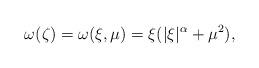
LaTeX: \begin{align*}\omega(\zeta) = \omega(\xi,\mu)=\xi(|\xi|^\alpha+\mu^2),\end{align*}